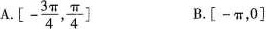
A.[ \left[- \frac{3\pi} {4} , \frac{\pi}{4} \right] B.[-π，0]